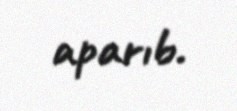
aparıb.